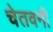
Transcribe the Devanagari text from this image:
चेतवनी